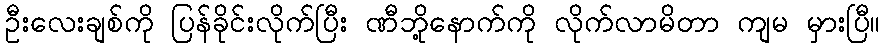
ဦးလေးချစ်ကို ပြန်ခိုင်းလိုက်ပြီး ဏီဘို့နောက်ကို လိုက်လာမိတာ ကျမ မှားပြီ။